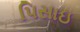
પિસાઇ